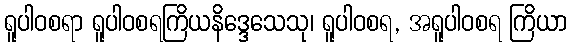
ရူပါဝစရာ ရူပါဝစရကြိယနိဒ္ဒေသေသု၊ ရူပါဝစရ, အရူပါဝစရ ကြိယာ